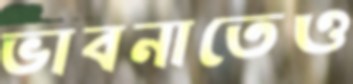
ভাবনাতেও